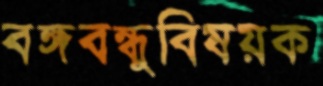
বঙ্গবন্ধুবিষয়ক